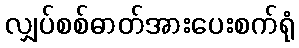
လျှပ်စစ်ဓာတ်အားပေးစက်ရုံ